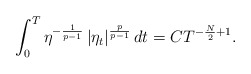
\begin{align*}\int_0^T\eta^{-\frac{1}{p-1}}\left|\eta_t\right|^{\frac{p}{p-1}}dt=CT^{-\frac{N}{2}+1}. \end{align*}